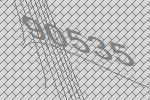
90535